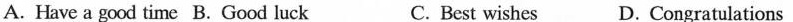
A. Have a good time B. Good luck C. Best wishes D. Congratulations